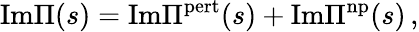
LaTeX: \mathrm{Im}\Pi(s)=\mathrm{Im}\Pi^{\mathrm{pert}}(s)+\mathrm{Im}\Pi^{\mathrm{np}}(s)\, ,